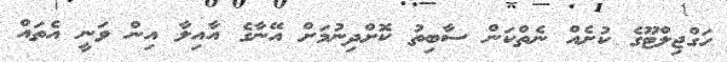
ހަގްޖިލްޓޫގެ ކުށެއް ނެތްކަން ސާބިތު ކޮށްދިނުމަށް އޭނާގެ އާއިލާ އިން ވަނީ އެތައް